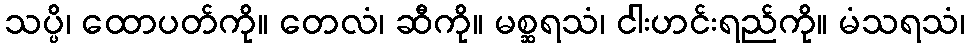
သပ္ပိ၊ ထောပတ်ကို။ တေလံ၊ ဆီကို။ မစ္ဆရသံ၊ ငါးဟင်းရည်ကို။ မံသရသံ၊